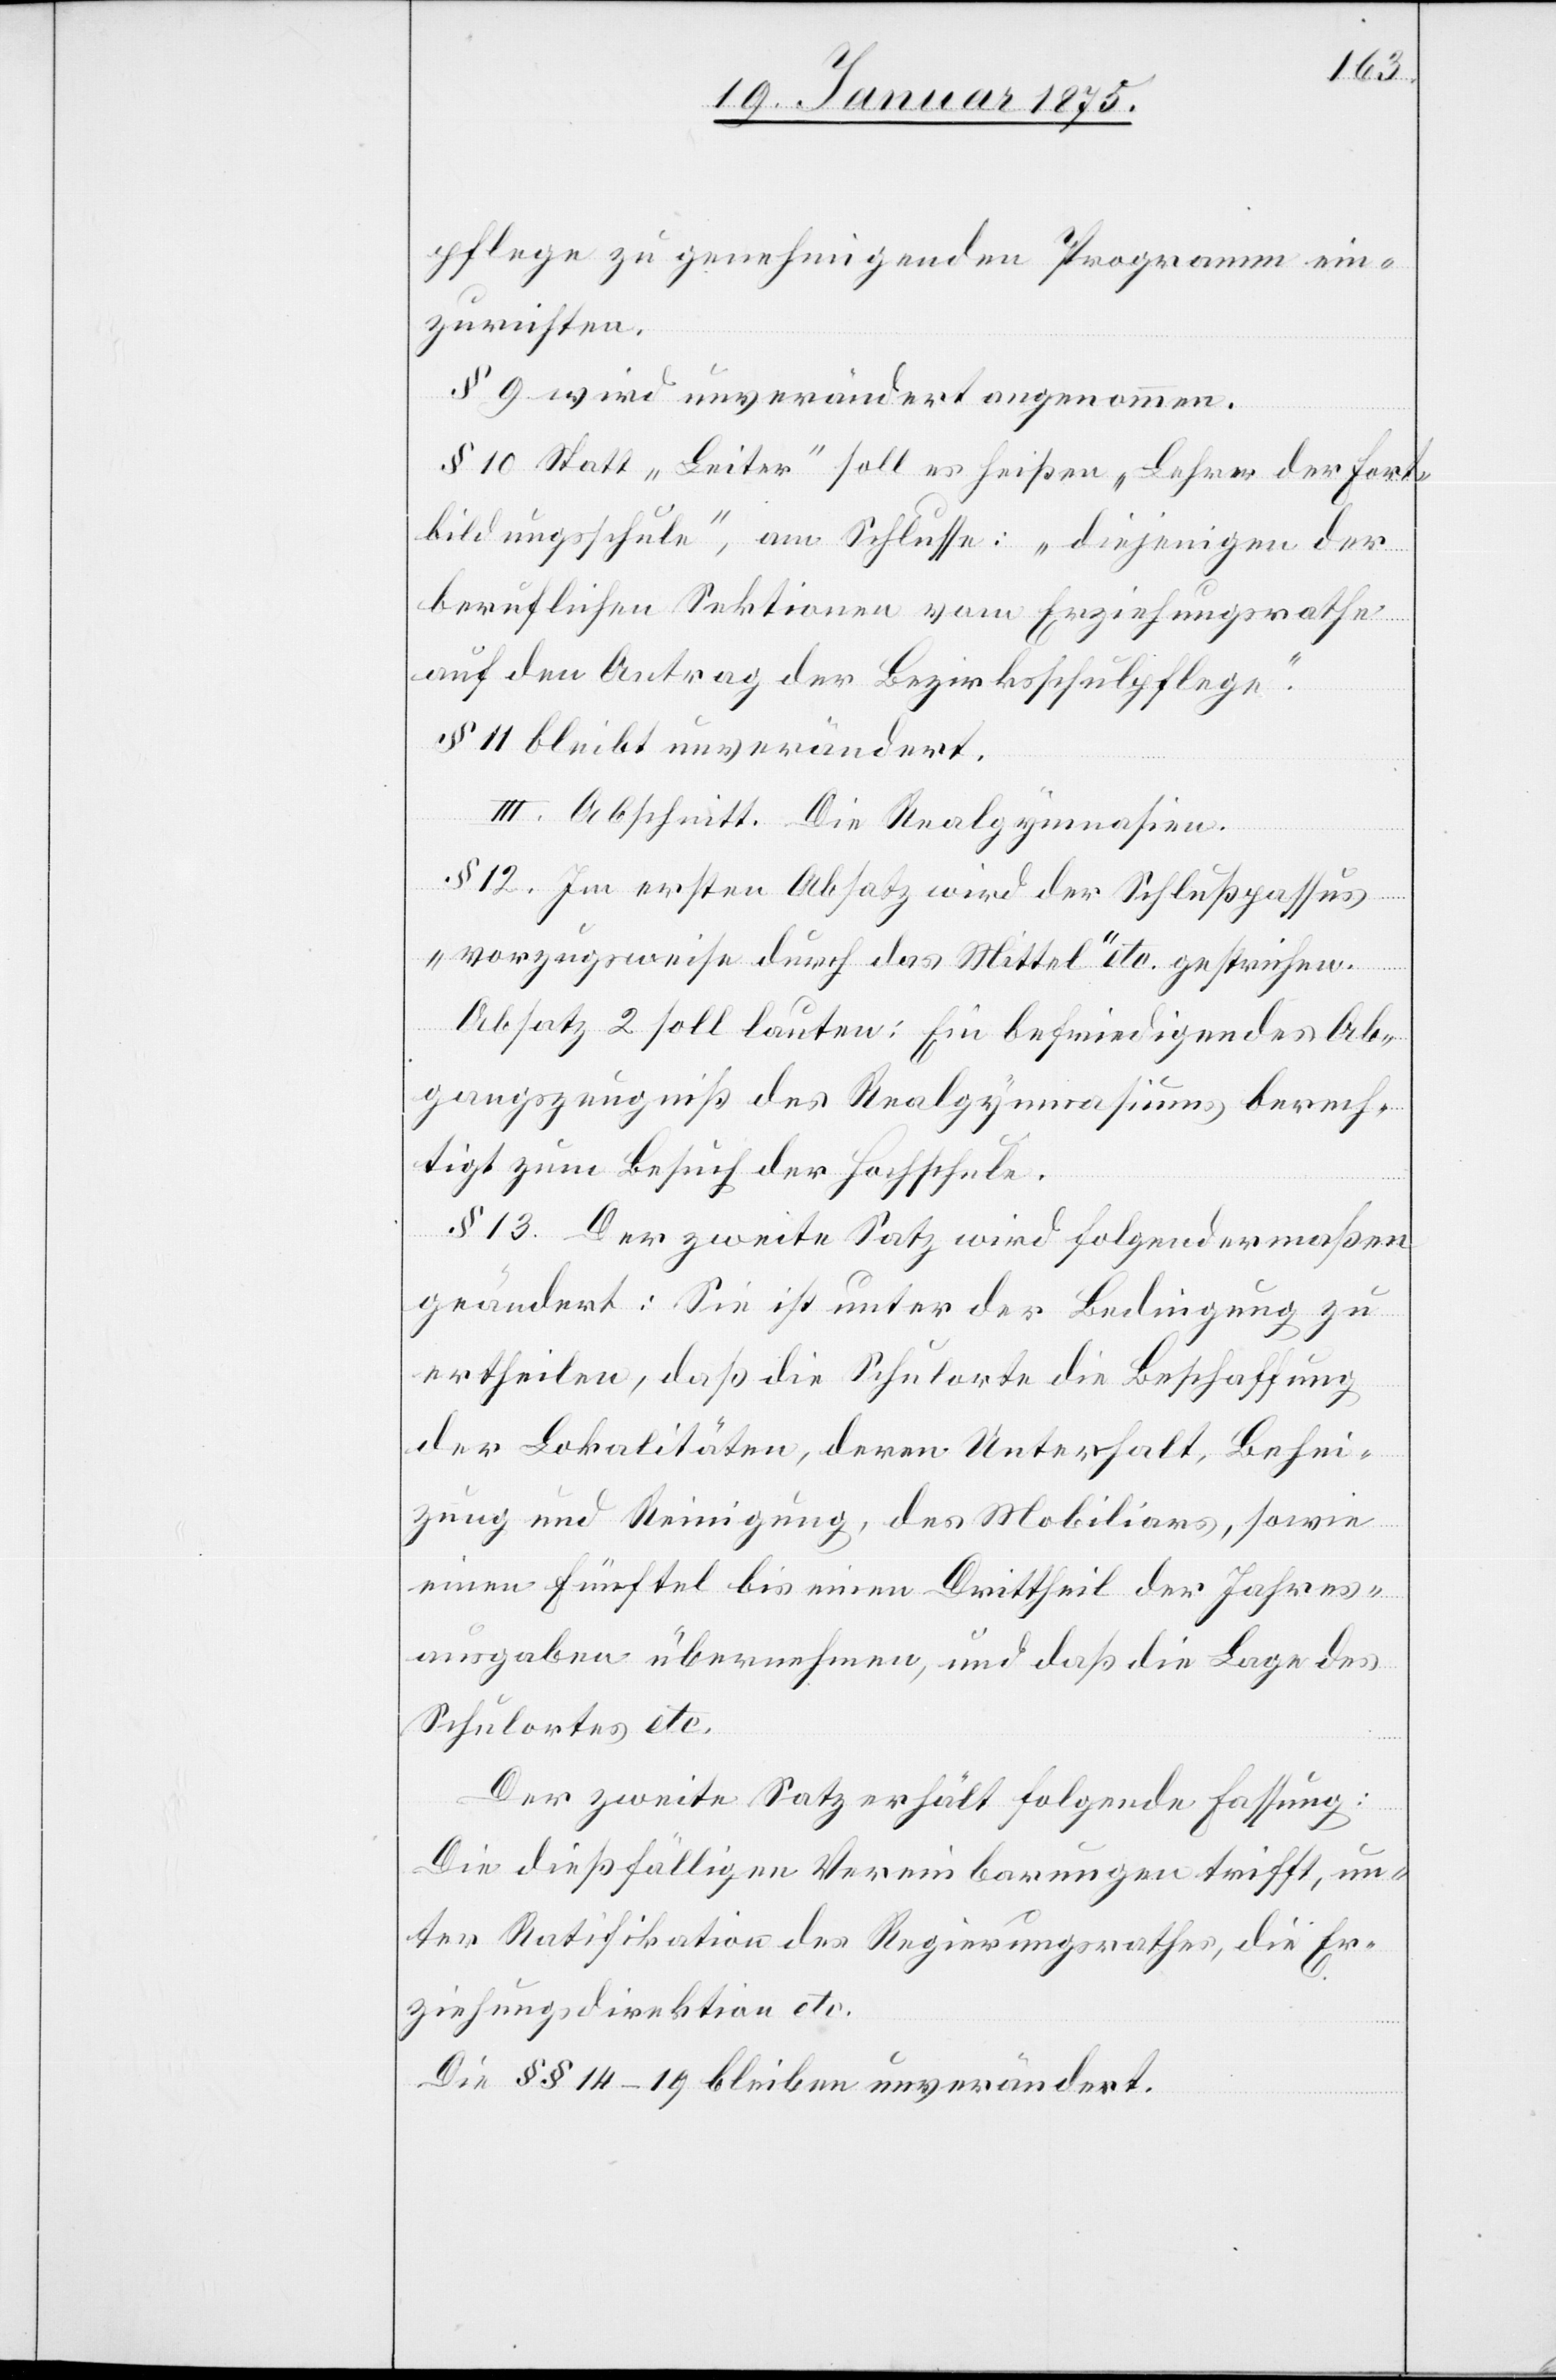
pflege zu genehmigenden Programm ein¬
zurichten.
§ 9 wird unverändert angenommen.
§ 10 Statt „Leiter“ soll es heißen „Lehrer der Fort¬
bildungsschule“, am Schlusse: „diejenigen der
beruflichen Sektionen vom Erziehungsrathe
auf den Antrag der Bezirksschulpflege“.
§ 11 bleibt unverändert.
III. Abschnitt. Die Realgymnasien.
§ 12. Im ersten Absatz wird der Schlußpassus
„vorzugsweise durch das Mittel“ etc. gestrichen.
Absatz 2 soll lauten: Ein befriedigendes Ab¬
gangszeugniß des Realgymnasiums berech¬
tigt zum Besuch der Hochschule.
§ 13. Der zweite Satz wird folgendermaßen
geändert: Sie ist unter der Bedingung zu
ertheilen, daß die Schulorte die Beschaffung
der Lokalitäten, deren Unterhalt, Behei¬
zung und Reinigung, des Mobiliars, sowie
einen Fünftel bis einen Drittheil der Jahres¬
ausgaben übernehmen, und daß die Lage des
Schulortes etc.
Der zweite Satz erhält folgende Fassung:
Die dießfälligen Vereinbarungen trifft, un¬
ter Ratifikation des Regierungsrathes, die Er¬
ziehungsdirektion etc.
Die §§ 14–19 bleiben unverändert.